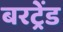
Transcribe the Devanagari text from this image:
बरट्रेंड